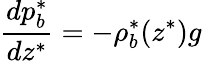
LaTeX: \frac{dp_{b}^{*}}{dz^{*}}=-\rho_{b}^{*}(z^{*})g